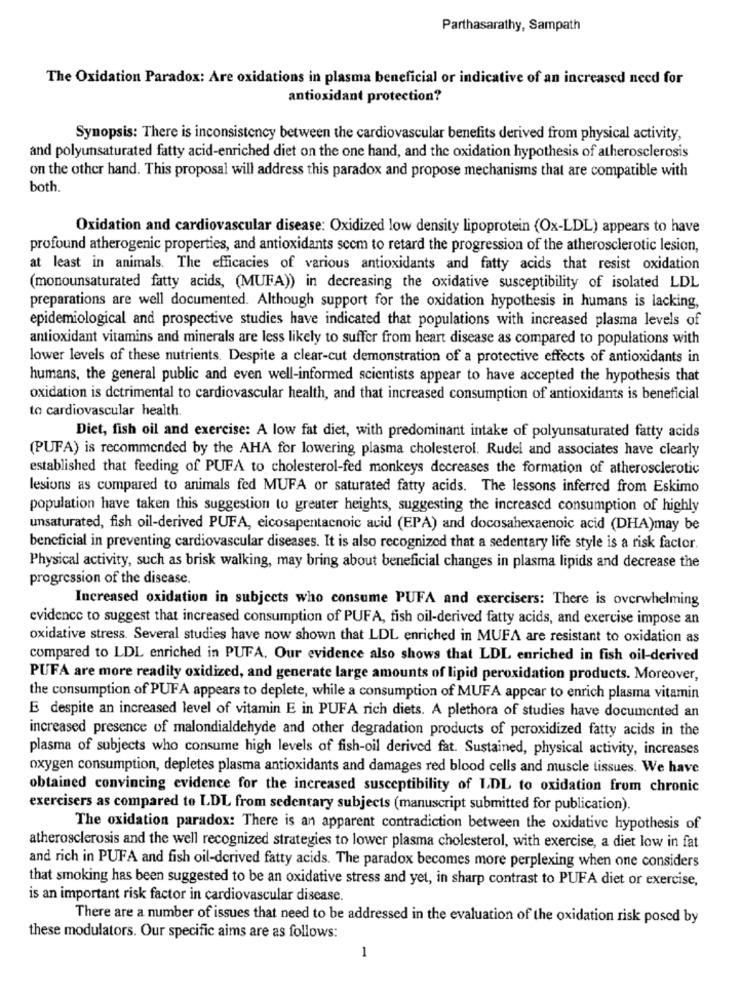
Parthasarathy, Sampath
The Oxidation Paradox: Are oxidations in plasma beneficial or indicative of an increased need for
antioxidant protection?
Synopsis: There is inconsistency between the cardiovascular benefits derived from physical activity,
and polyunsaturated fatty acid-enriched diet on the one hand, and the oxidation hypothesis of atherosclerosis
on the other hand. This proposal will address this paradox and propose mechanisms that are compatible with
both.
Oxidation and cardiovascular disease: Oxidized low density lipoprotein (Ox-LDL) appears to have
profound atherogenic properties, and antioxidants sccm to retard the progression of the atherosclerotic lesion,
at least in animals. The efficacies of various antioxidants and fatty acids that resist oxidation
(monounsaturated fatty acids, (MUFA)) in decreasing the oxidative susceptibility of isolated LDL
preparations are well documented. Although support for the oxidation hypothesis in humans is lacking,
epidemiological and prospective studies have indicated that populations with increased plasma levels of
antioxidant vitamins and minerals are less likely to suffer from heart disease as compared to populations with
lower levels of these nutrients. Despite a clear-cut demonstration of a protective effects of antioxidants in
humans, the general public and even well-informed scientists appear to have accepted the hypothesis that
oxidation is detrimental to cardiovascular health, and that increased consumption of antioxidants is beneficial
to cardiovascular health.
Diet, fish oil and exercise: A low fat diet, with predominant intake of polyunsaturated fatty acids
(PUFA) is recommended by the AHA for lowering plasma cholesterol. Rudel and associates have clearly
established that feeding of PUFA to cholesterol-fed monkeys decreases the formation of atherosclerotic
lesions as compared to animals fed MUFA or saturated fatty acids. The lessons inferred from Eskimo
population have taken this suggestion to greater heights, suggesting the increased consumption of highly
unsaturated, fish oil-derived PUFA, eicosapentacnoic acid (EPA) and docosahexaenoic acid (DHA)may be
beneficial in preventing cardiovascular diseases. It is also recognized that a sedentary life style is a risk factor.
Physical activity, such as brisk walking, may bring about beneficial changes in plasma lipids and decrease the
progression of the disease.
Increased oxidation in subjects who consume PUFA and exercisers: There is overwhelming
evidence to suggest that increased consumption of PUFA, fish oil-derived fatty acids, and exercise impose an
oxidative stress. Several studies have now shown that LDL enriched in MUFA are resistant to oxidation as
compared to LDL enriched in PUFA. Our evidence also shows that LDL enriched in fish oil-derived
PUFA are more readily oxidized, and generate large amounts of lipid peroxidation products. Moreover,
the consumption of PUFA appears to deplete, while a consumption of MUFA appear to enrich plasma vitamin
E despite an increased level of vitamin E in PUFA rich diets. A plethora of studies have documented an
increased presence of malondialdehyde and other degradation products of pcroxidized fatty acids in the
plasma of subjects who consume high levels of fish-oil derived fat. Sustained, physical activity, increases
oxygen consumption, depletes plasma antioxidants and damages red blood cells and muscle tissues. We have
obtained convincing evidence for the increased susceptibility of LDL to oxidation from chronic
exercisers as compared to LDL from sedentary subjects (manuscript submitted for publication)
The oxidation paradox: There is an apparent contradiction between the oxidative hypothesis of
atherosclerosis and the well recognized strategies to lower plasma cholesterol, with exercise, a diet low in fat
and rich in PUFA and fish oil-derived fatty acids. The paradox becomes more perplexing when one considers
that smoking has been suggested to be an oxidative stress and yet, in sharp contrast to PUFA diet or exercise,
is an important risk factor in cardiovascular disease.
There are a number of issues that need to be addressed in the evaluation of the oxidation risk posed by
these modulators. Our specific aims are as follows:
1